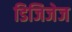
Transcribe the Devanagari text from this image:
डिजिजेज